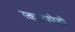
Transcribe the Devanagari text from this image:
स्कान्फोतो